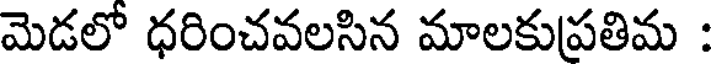
మెడలో ధరించవలసిన మాలకుపతిమ :